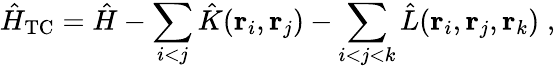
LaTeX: \hat{H}_{\mathrm{TC}}=\hat{H}-\sum_{i<j}\hat{K}({\mathbf r}_{i},{\mathbf r}_{j})-\sum_{i<j<k}\hat{L}({\mathbf r}_{i},{\mathbf r}_{j},{\mathbf r}_{k})\; ,